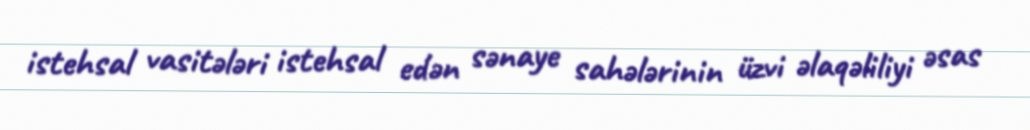
istehsal vasitələri istehsal edən sənaye sahələrinin üzvi əlaqəliliyi əsas